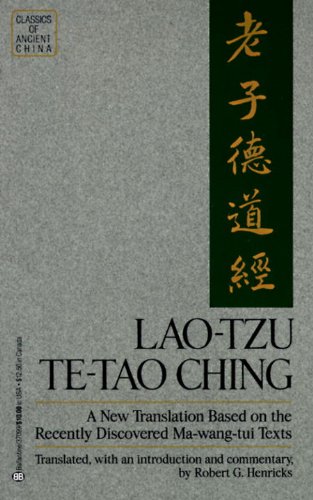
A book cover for Lao Tzu: Te-Tao Ching - A New Translation Based on the Recently Discovered Ma-wang-tui Texts (Classics of Ancient China); Lao Tzu; Religion & Spirituality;